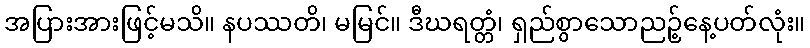
အပြားအားဖြင့်မသိ။ နပဿတိ၊ မမြင်။ ဒီဃရတ္တံ၊ ရှည်စွာသောညဉ့်နေ့ပတ်လုံး။